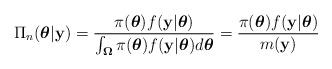
LaTeX: \begin{align*}\Pi_{n}(\boldsymbol{\theta} |\mathbf{y})=\frac{\pi(\boldsymbol{\theta})f(\mathbf{y} | \boldsymbol{\theta})}{\int_{\boldsymbol{\Omega}}\pi(\boldsymbol{\theta})f(\mathbf{y} | \boldsymbol{\theta})d\boldsymbol{\theta}}=\frac{\pi(\boldsymbol{\theta})f(\mathbf{y} | \boldsymbol{\theta})}{m(\mathbf{y})} \end{align*}